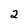
Character: 2